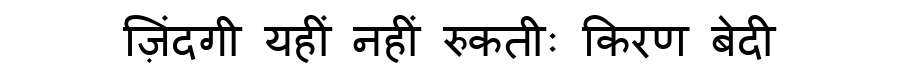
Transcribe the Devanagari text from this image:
ज़िंदगी यहीं नहीं रुकतीः किरण बेदी